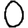
Digit: 0